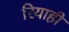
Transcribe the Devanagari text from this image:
रियाही